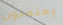
يعتمدون